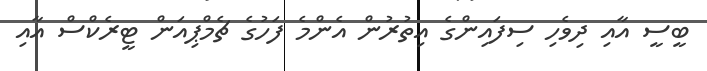
ބީސީ އާއި ދިވެހި ސިފައިންގެ އިތުރުން އެންމެ ފަހުގެ ޗެމްޕިއަން ޓީރެކްސް އާއި